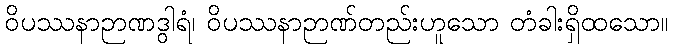
ဝိပဿနာဉာဏဒွါရံ၊ ဝိပဿနာဉာဏ်တည်းဟူသော တံခါးရှိထသော။